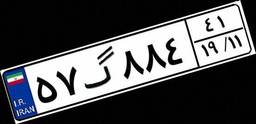
۹۴گ۷۶۵۵۱